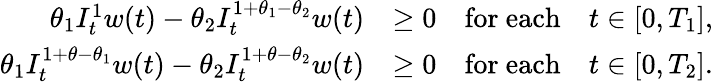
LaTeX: \begin{array}{rl}{\theta_{1}I_{t}^{1}w(t)-\theta_{2}I_{t}^{1+\theta_{1}-\theta_{2}}w(t)}&{\geq 0\quad\mathrm{for~each}\quad t\in[0,T_{1}],}\\ {\theta_{1}I_{t}^{1+\theta-\theta_{1}}w(t)-\theta_{2}I_{t}^{1+\theta-\theta_{2}}w(t)}&{\geq 0\quad\mathrm{for~each}\quad t\in[0,T_{2}].}\end{array}